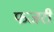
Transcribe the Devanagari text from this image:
फजरी